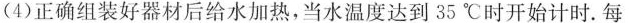
(4)正确组装好器材后给水加热，当水温度达到35℃时开始计时.每